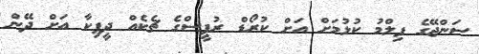
ސަންޖޭގެ ފިލްމު ކުޅުމަށް އަށް ކުރޯޑް ރުޕީސްގެ ޗެކެއް ދީޕިކާ އަށް ދޭން